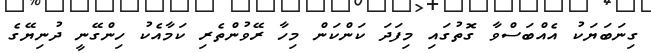
ގިނަބަޔަކު އެއްބަސްވާ ގޮތުގައި މިފަދަ ކަންކަން މިހާ ރޭވުންތެރި ކަމާއެކު ހިންގޭނީ ދުނިޔޭގެ